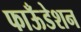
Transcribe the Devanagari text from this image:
फाऊँडेशन